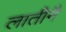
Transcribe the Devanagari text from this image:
लातीनै